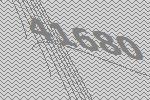
41680